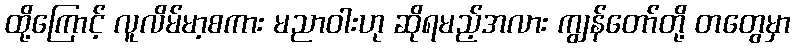
ထို့ကြောင့် လူလိမ်မာ့စကား မညာဝါးဟု ဆိုရမည့်အလား ကျွန်တော်တို့ တတွေမှာ